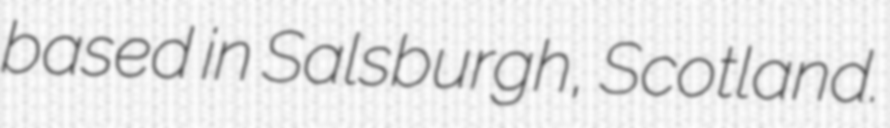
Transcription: based in Salsburgh, Scotland.